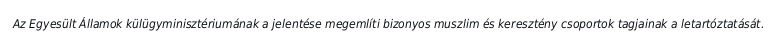
Az Egyesült Államok külügyminisztériumának a jelentése megemlíti bizonyos muszlim és keresztény csoportok tagjainak a letartóztatását.